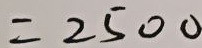
= 2 5 0 0